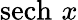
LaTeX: \operatorname{sech}\, x